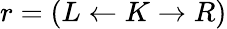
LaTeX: r=(L\leftarrow K\rightarrow R)